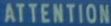
ATTENTION